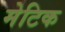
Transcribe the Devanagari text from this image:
मेटिक